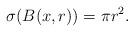
LaTeX: \begin{align*} \sigma(B(x,r))=\pi r^{2}.\end{align*}